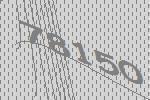
78150